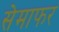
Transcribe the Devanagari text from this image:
सेमाफर